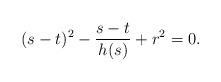
LaTeX: \begin{align*} (s-t)^2-\frac{s-t}{h(s)}+r^2=0.\end{align*}